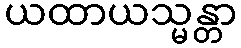
ယထာယသ္မန္တာ